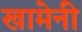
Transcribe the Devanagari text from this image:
खामेनी